Medical and sanitary report of the native army of Madras for the year
Year: 1872
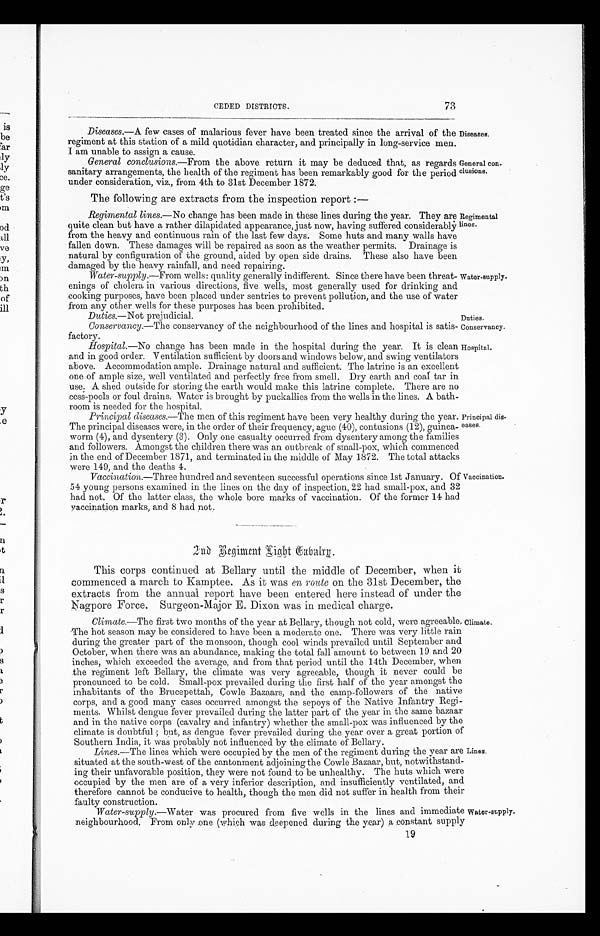
Diseases.
General con
-clusions.
Conservancy.
Hospital.
73
CEDED DISTRICTS.
Diseases .—A few cases of malarious fever have been treated since the arrival of the
regiment at this station of a mild quotidian character, and principally in long-service men.
I am unable to assign a cause.
General conclusions.—From the above return it may be deduced that, as regards
sanitary arrangements, the health of the regiment has been remarkably good for the period
under consideration, viz., from 4th to 31st December 1872.
The following are extracts from the inspection report:—
Regimental lines .—No change has been made in these lines during the year. They are
quite clean but have a rather dilapidated appearance, just now, having suffered considerably
from the heavy and continuous rain of the last few days. Some huts and many walls have
fallen down. These damages will be repaired as soon as the weather permits. Drainage is
natural by configuration of the ground, aided by open side drains. These also have been
damaged by the heavy rainfall, and need repairing.
Water-supply .—From wells: quality generally indifferent. Since there have been threat
-enings of cholera in various directions, five wells, most generally used for drinking and
cooking purposes, have been placed under sentries to prevent pollution, and the use of water
from any other wells for these purposes has been prohibited.
Duties.—Not prejudicial.
Regimental
lines.
Water-supply.
Duties.
Conservancy .—The conservancy of the neighbourhood of the lines and hospital is satis
-factory.
Hospital .—No change has been made in the hospital during the year. It is clean
and in good order. Ventilation sufficient by doors and windows below, and swing ventilators
above. Accommodation ample. Drainage natural and sufficient. The latrine is an excellent
one of ample size, well ventilated and perfectly free from smell. Dry earth and coal tar in
use. A shed outside for storing the earth would make this latrine complete. There are no
cess-pools or foul drains. Water is brought by puckallies from the wells in the lines. A bath
-room is needed for the hospital.
Principal diseases .—The men of this regiment have been very healthy during the year.
The principal diseases were, in the order of their frequency, ague (40), contusions (12), guinea
-worm (4), and dysentery (3). Only one casualty occurred from dysentery among the families
and followers. Amongst the children there was an outbreak of small-pox, which commenced
in the end of December 1871, and terminated in the middle of May 1872. The total attacks
were 149, and the deaths 4.
Vaccination .—Three hundred and seventeen successful operations since 1st January. Of
54 young persons examined in the lines on the day of inspection, 22 had small-pox, and 32
had not. Of the latter class, the whole bore marks of vaccination. Of the former 14 had
vaccination marks, and 8 had not.
Principal di
s-eases.
Vaccination.
2nd
Regiment Light Cabalry.
This corps continued at Bellary until the middle of December, when it
commenced a march to Kamptee. As it was en route on the 31st December, the
extracts from the annual report have been entered here instead of under the
Nagpore Force. Surgeon-Major E. Dixon was in medical charge.
Climate .—The first two months of the year at Bellary, though not cold, were agreeable.
The hot season may be considered to have been a moderate one. There was very little rain
during the greater part of the monsoon, though cool winds prevailed until September and
October, when there was an abundance, making the total fall amount to between 19 and 20
inches, which exceeded the average, and from that period until the 14th December, when
the regiment left Bellary, the climate was very agreeable, though it never could be
pronounced to be cold. Small-pox prevailed during the first half of the year amongst the
inhabitants of the Brucepettah, Cowle Bazaars, and the camp-followers of the native
corps, and a good many cases occurred amongst the sepoys of the Native Infantry Regi
-ments. Whilst dengue fever prevailed during the latter part of the year in the same bazaar
and in the native corps (cavalry and infantry) whether the small-pox was influenced by the
climate is doubtful; but, as dengue fever prevailed during the year over a great portion of
Southern India, it was probably not influenced by the climate of Bellary.
Lines .—The lines which were occupied by the men of the regiment during the year are
situated at the south-west of the cantonment adjoining the Cowle Bazaar, but, notwithstand
-ing their unfavorable position, they were not found to be unhealthy. The huts which were
occupied by the men are of a very inferior description, and insufficiently ventilated, and
therefore cannot be conducive to health, though the men did not suffer in health from then
faulty construction.
Climate.
Lines.
Water-supply .—Water was procured from five wells in the lines and immediate
neighbourhood. From only one (which was deepened during the year) a constant supply
Water-supply.
19